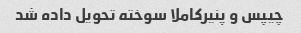
چیپس و پنیر‌کاملا سوخته تحویل داده شد